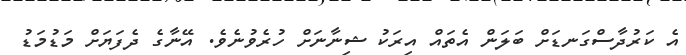
އެ ކަރުދާސްގަނޑަށް ބަލަން އެތައް އިރަކު ޝިނާނަށް ހުރެވުނެވެ. އޭނާގެ ދެފަޔަށް މަޑުމަޑު